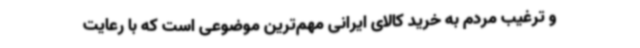
و ترغیب مردم به خرید کالای ایرانی مهم‌ترین موضوعی است که با رعایت